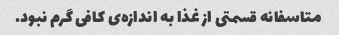
متاسفانه قسمتی از غذا به اندازه‌ی کافی گرم نبود.